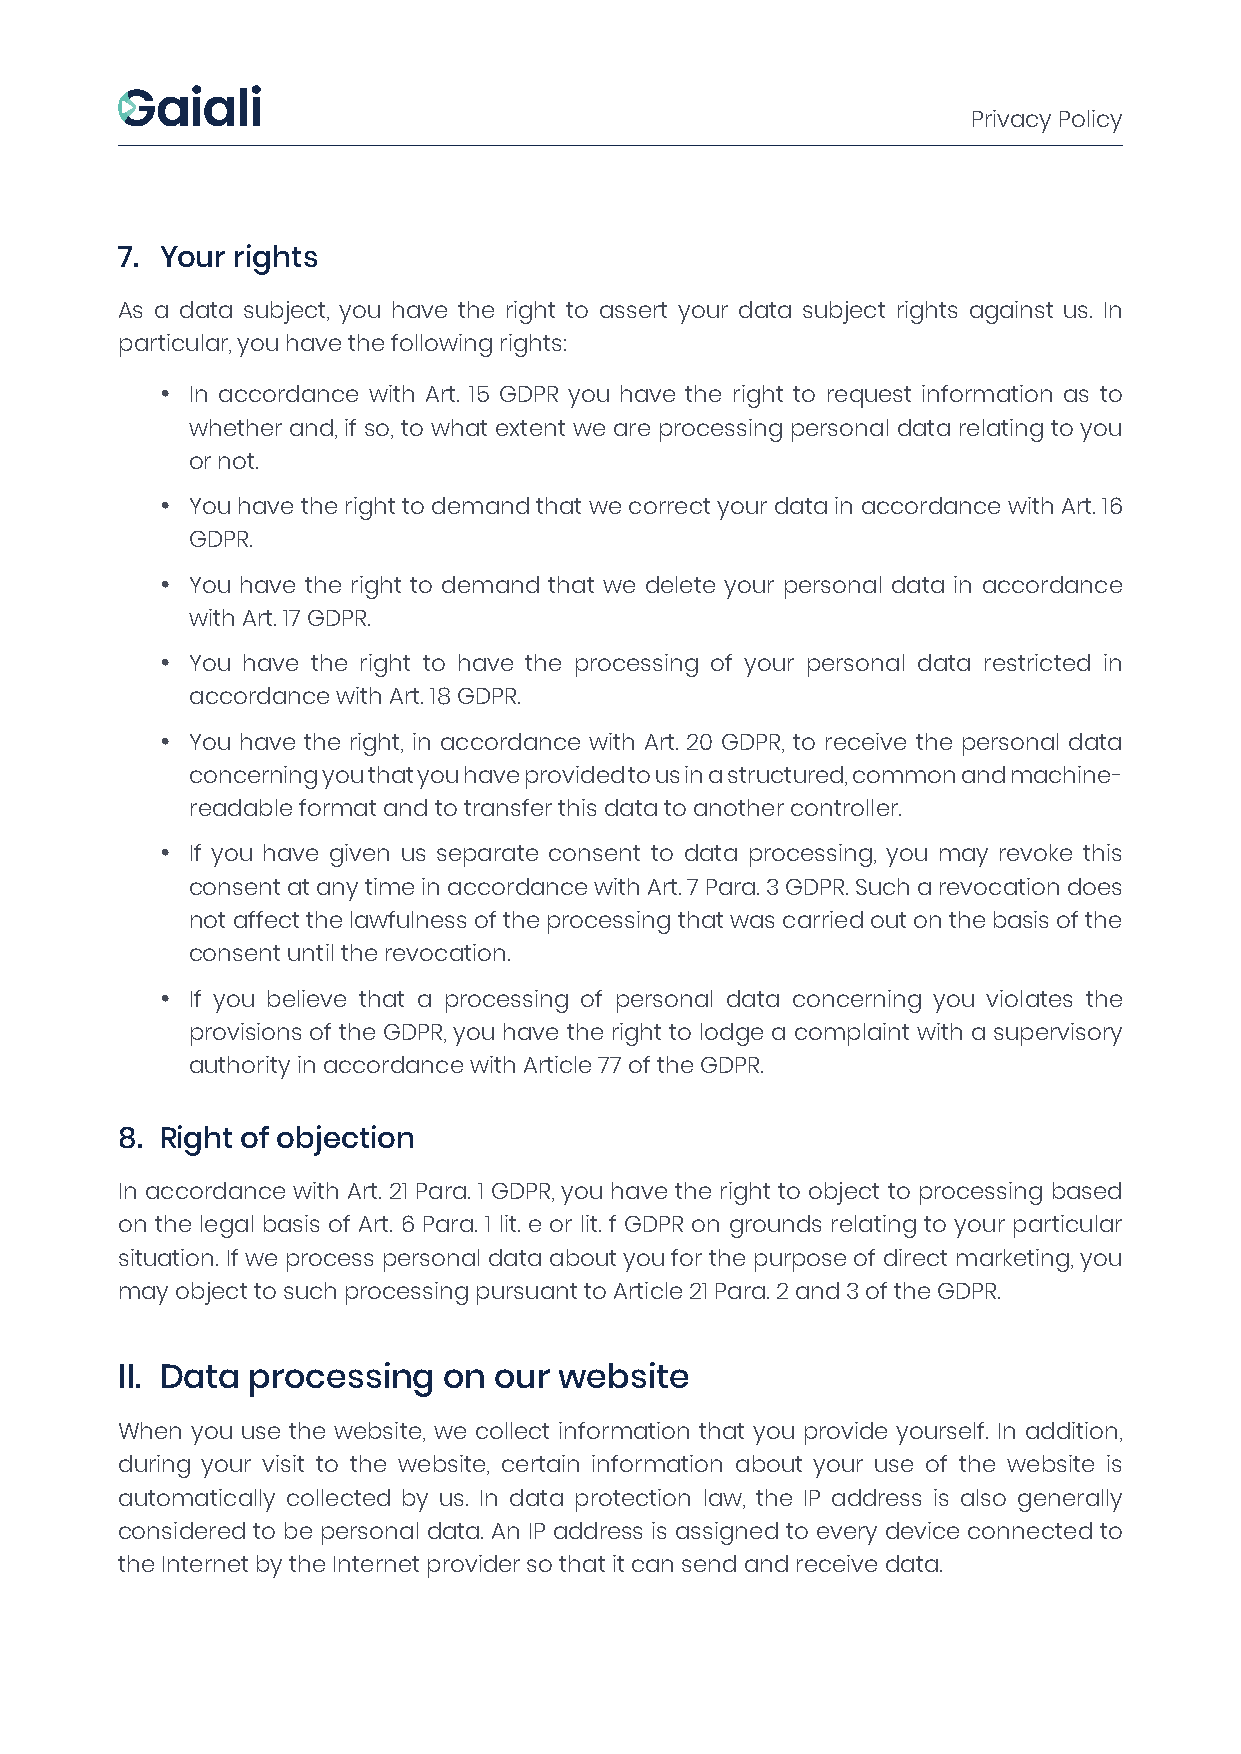
Privacy Policy
 7. Your rights
 As a data subject, you have the right to assert your data subject rights against us. In
 particular, you have the following rights:
 • In accordance with Art. 15 GDPR you have the right to request information as to
 whether and, if so, to what extent we are processing personal data relating to you
 or not.
 • You have the right to demand that we correct your data in accordance with Art. 16
 GDPR.
 • You have the right to demand that we delete your personal data in accordance
 with Art. 17 GDPR.
 • You have the right to have the processing of your personal data restricted in
 accordance with Art. 18 GDPR.
 • You have the right, in accordance with Art. 20 GDPR, to receive the personal data
 concerning you that you have provided to us in a structured, common and machine-
 readable format and to transfer this data to another controller.
 • If you have given us separate consent to data processing, you may revoke this
 consent at any time in accordance with Art. 7 Para. 3 GDPR. Such a revocation does
 not affect the lawfulness of the processing that was carried out on the basis of the
 consent until the revocation.
 • If you believe that a processing of personal data concerning you violates the
 provisions of the GDPR, you have the right to lodge a complaint with a supervisory
 authority in accordance with Article 77 of the GDPR.
 8. Right of objection
 In accordance with Art. 21 Para. 1 GDPR, you have the right to object to processing based
 on the legal basis of Art. 6 Para. 1 lit. e or lit. f GDPR on grounds relating to your particular
 situation. If we process personal data about you for the purpose of direct marketing, you
 may object to such processing pursuant to Article 21 Para. 2 and 3 of the GDPR.
 II. Data processing  on  our website
 When you use the website, we collect information that you provide yourself. In addition,
 during your visit to the website, certain information about your use of the website is
 automatically collected by us. In data protection law, the IP address is also generally
 considered to be personal data. An IP address is assigned to every device connected to
 the Internet by the Internet provider so that it can send and receive data.